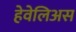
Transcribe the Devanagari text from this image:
हेवेलिअस